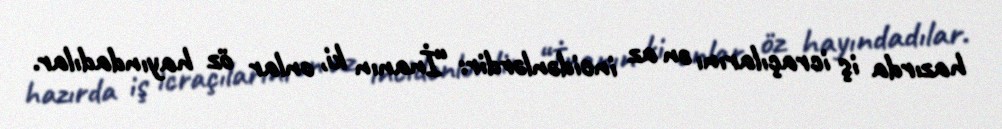
hazırda iş icraçılarını ən az incidənlərdir: “İnanın ki, onlar öz hayındadılar.